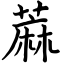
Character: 蔴